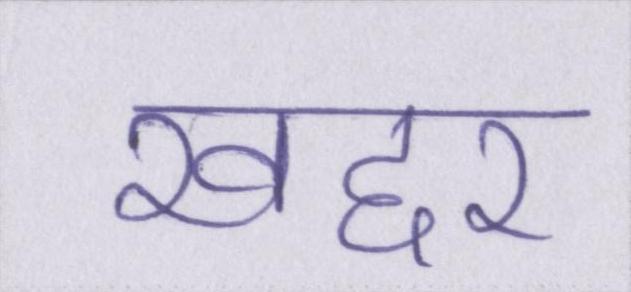
खद्दर